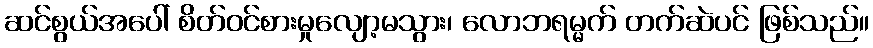
ဆင်စွယ်အပေါ် စိတ်ဝင်စားမှုလျော့မသွား၊ လောဘရမ္မက် တက်ဆဲပင် ဖြစ်သည်။